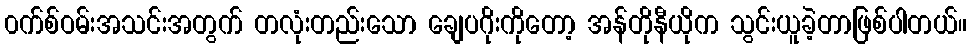
၀က်စ်ဝမ်းအသင်းအတွက် တလုံးတည်းသော ချေပဂိုးကိုတော့ အန်တိုနီယိုက သွင်းယူခဲ့တာဖြစ်ပါတယ်။